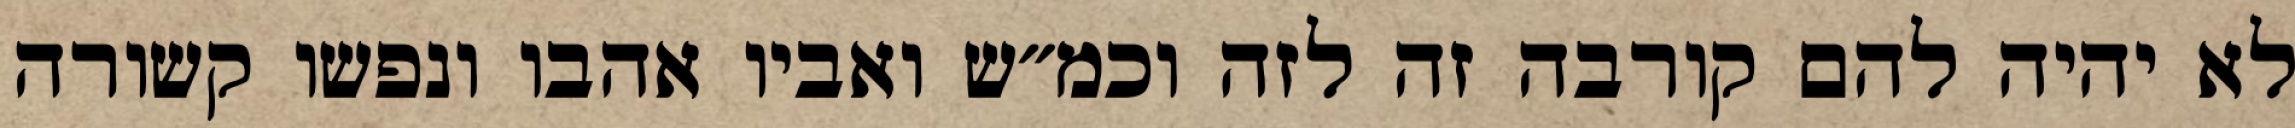
לא יהיה להם קורבה זה לזה וכמ״ש ואביו אהבו ונפשו קשורה